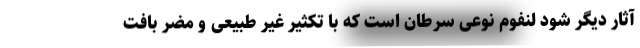
آثار دیگر شود لنفوم نوعی سرطان است که با تکثیر غیر طبیعی و مضر بافت